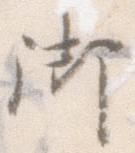
御